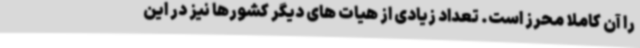
را آن کاملا محرز است. تعداد زیادی از هیات های دیگر کشورها نیز در این